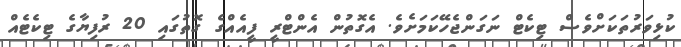
ކުޅިވަރުތަކަށްވެސް ޓިކެޓް ނަގަންޖެހޭކަމަށެވެ. އެގޮތުން އެންޓްރީ ފީއެއްގެ ގޮތުގައި 20 ރުފިޔާގެ ޓިކެޓެއް